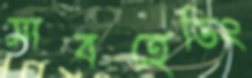
সাবহেডিং